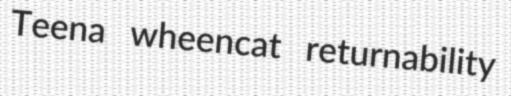
Teena wheencat returnability